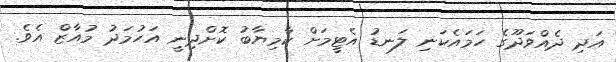
އަދި ދެއްވަދޫގެ ހަމައެކަނި ލަނޑު އެޓީމަށް ކާމިޔާބު ކޮށްދިނީ އަހުމަދު މުއާޒް އެވެ.